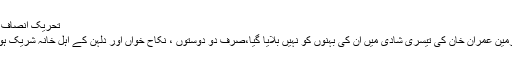
تحریک انصاف کے
چیئرمین عمران خان کی تیسری شادی میں ان کی بہنوں کو نہیں بلایا گیا،صرف دو دوستوں ، نکاح خواں اور دلہن کے اہل خانہ شریک ہوئے۔